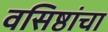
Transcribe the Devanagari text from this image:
वसिष्ठांचा